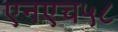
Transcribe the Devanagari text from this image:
एनएच५८